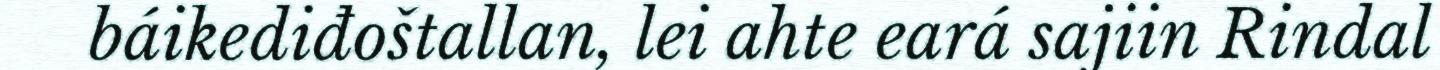
báikediđoštallan, lei ahte eará sajiin Rindal